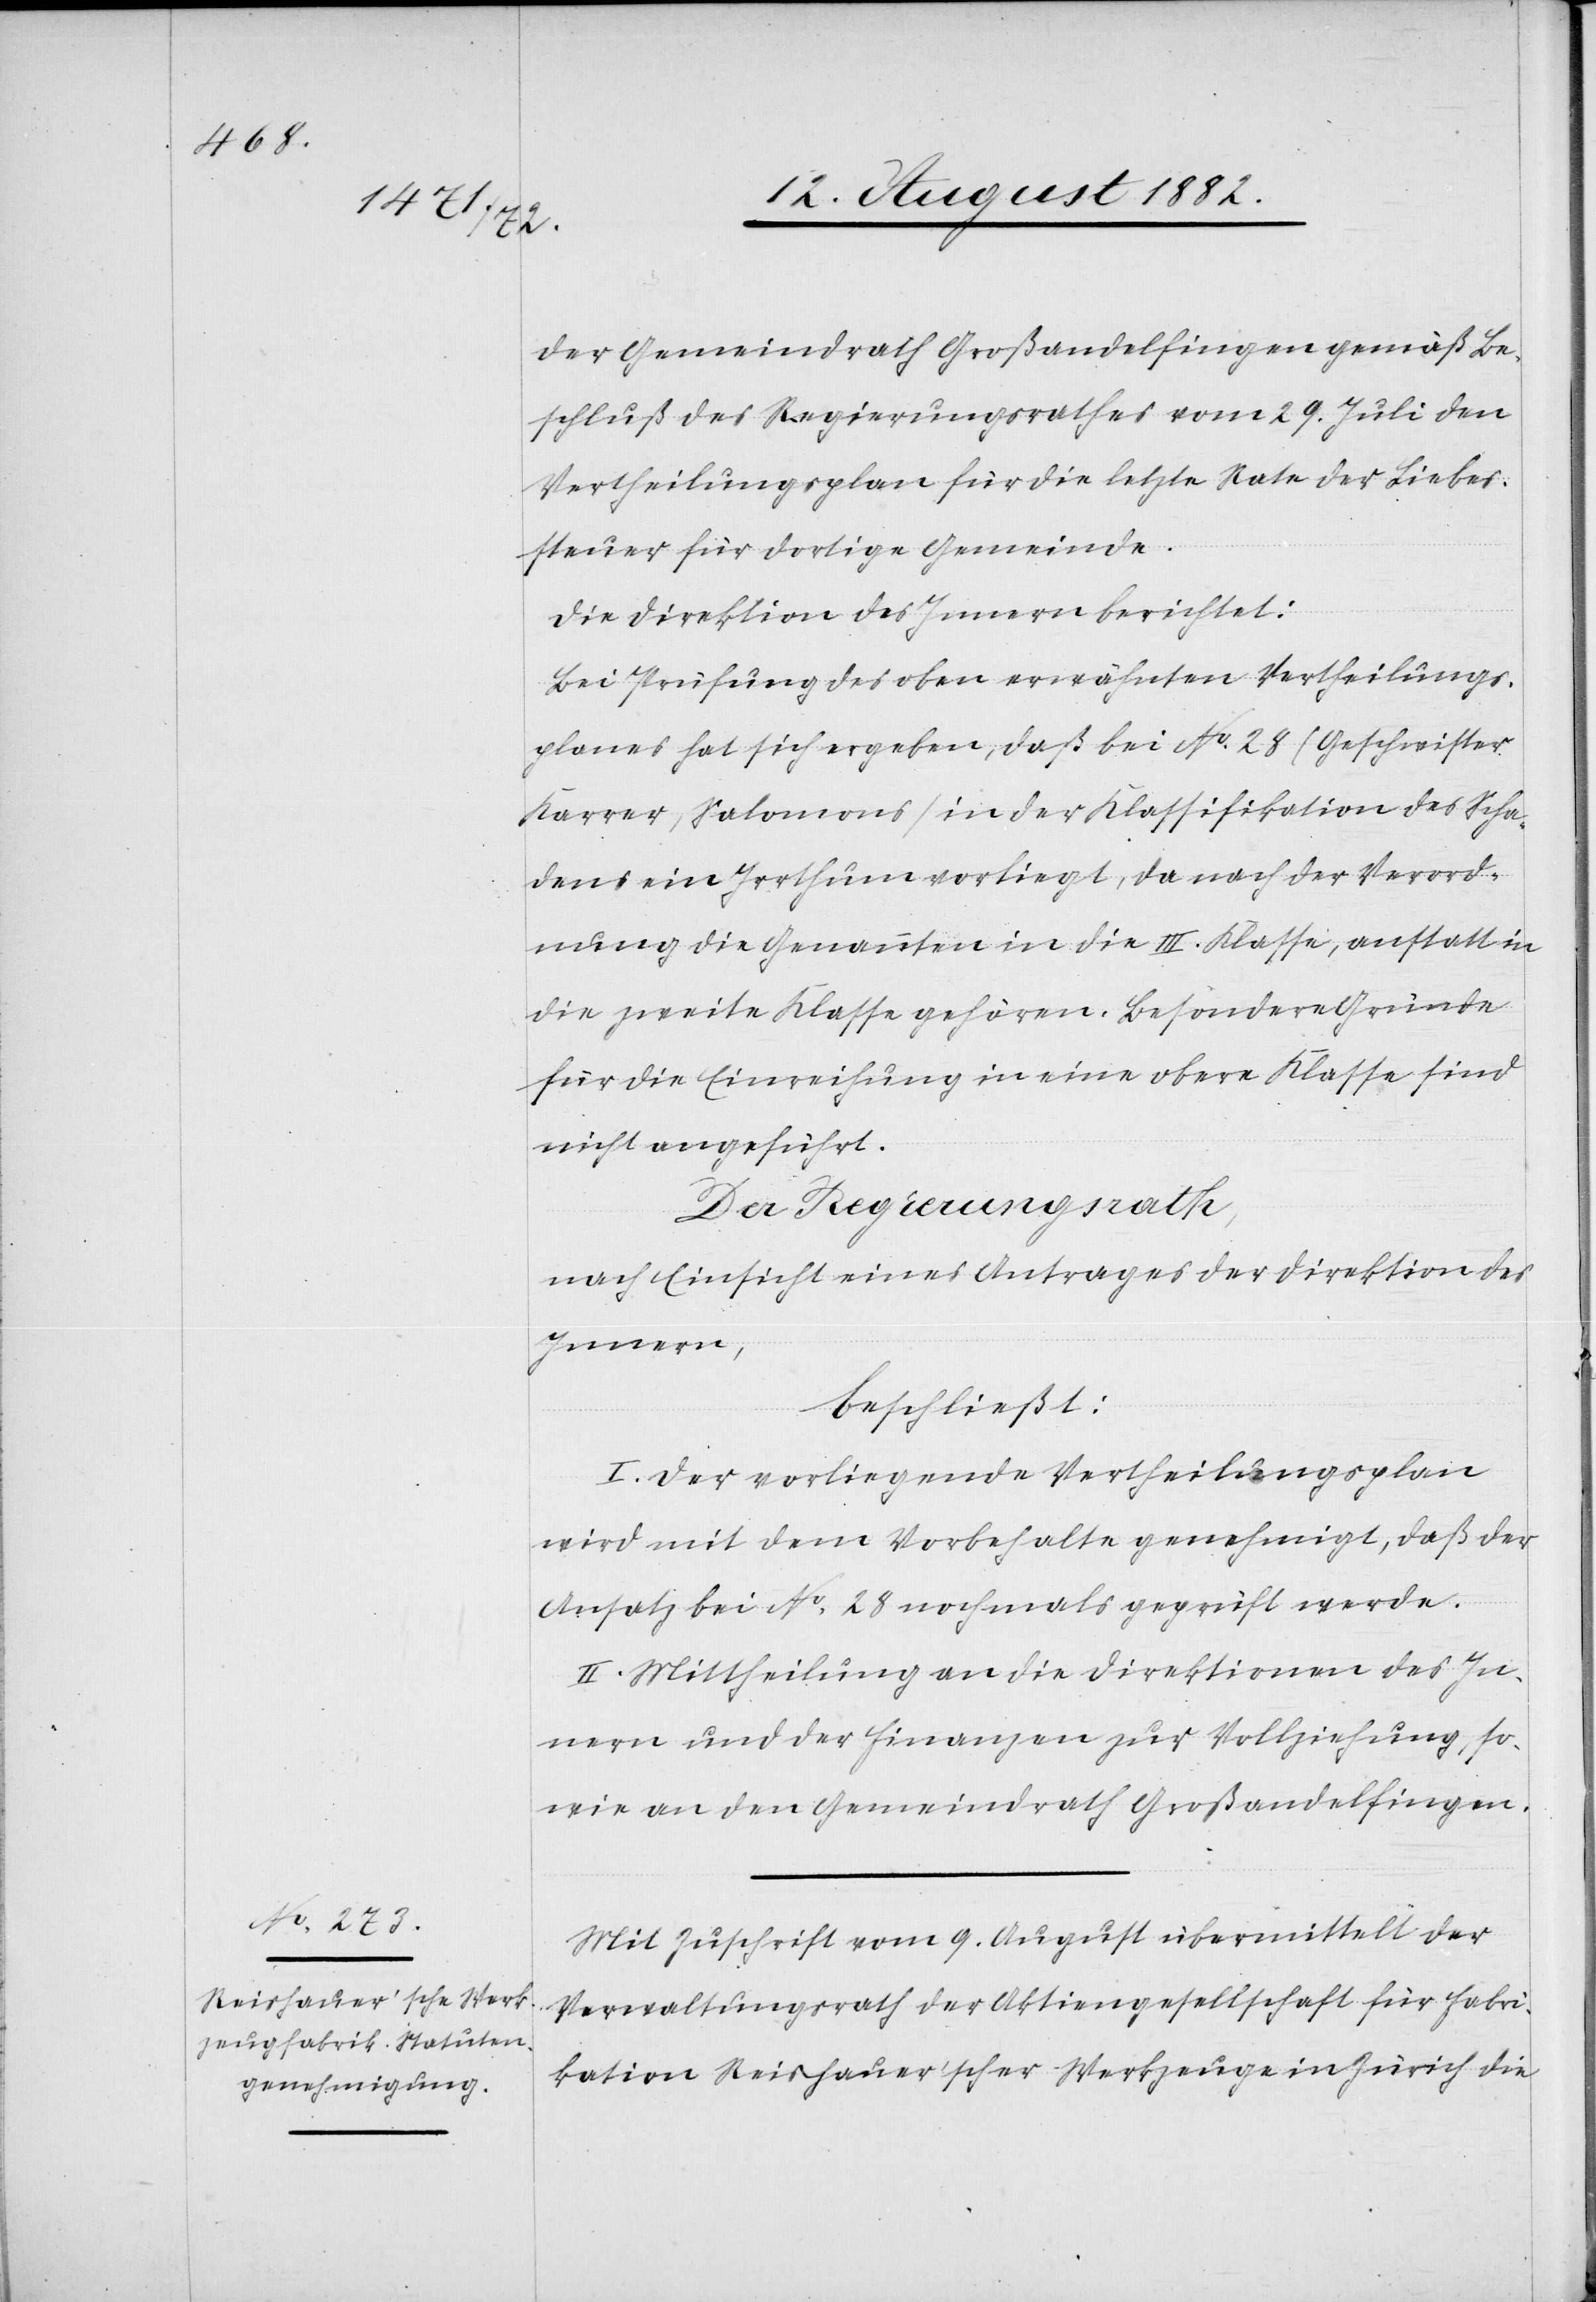
der Gemeindrath Gorßandelfingen gemäß Be¬
schluß des Regierungsrathes vom 29. Juli den
Vertheilungsplan für die letzte Rate der Liebes¬
steuer für dortige Gemeinde.
Die Direktion des Innern berichtet:
Bei Prüfung des oben erwähnten Vertheilungs¬
planes hat sich ergeben, daß bei No 28 (Geschwister
Karrer, Salomons) in der Klassifikation des Scha¬
dens ein Irrthum vorliegt, da nach der Verord¬
nung die Genannten in die III: Klasse, anstatt in
die zweite Klasse gehören. Besondere Gründe
für die Einreihung in eine obere Klasse sind
nicht angeführt.
Der Regierungsrath;
nach Einsicht eines Antrages der Direktion des
Innern,
beschließt:
I. Der vorliegende Vertheilungsplan
wird mit dem Vorbehalte genehmigt, daß der
Ansatz bei No 28 nochmals geprüft werde.
II. Mittheilung an die Direktionen des In¬
nern und der Finanzen zur Vollziehung, so¬
wie an den Gemeindrath Großandelfingen.
Mit Zuschrift vom 9. August übermittelt der
Verwaltungsrath der Aktiengesellschaft für Fabri¬
kation Reishauer’scher Werkzeuge in Zürich die